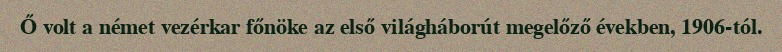
Ő volt a német vezérkar főnöke az első világháborút megelőző években, 1906-tól.